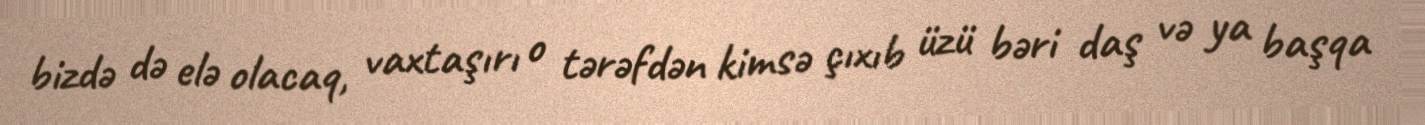
bizdə də elə olacaq, vaxtaşırı o tərəfdən kimsə çıxıb üzü bəri daş və ya başqa